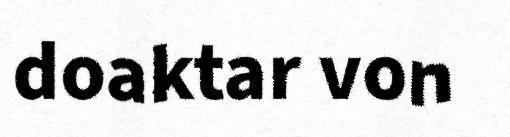
doaktar von